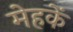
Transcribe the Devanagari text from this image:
मेहकें